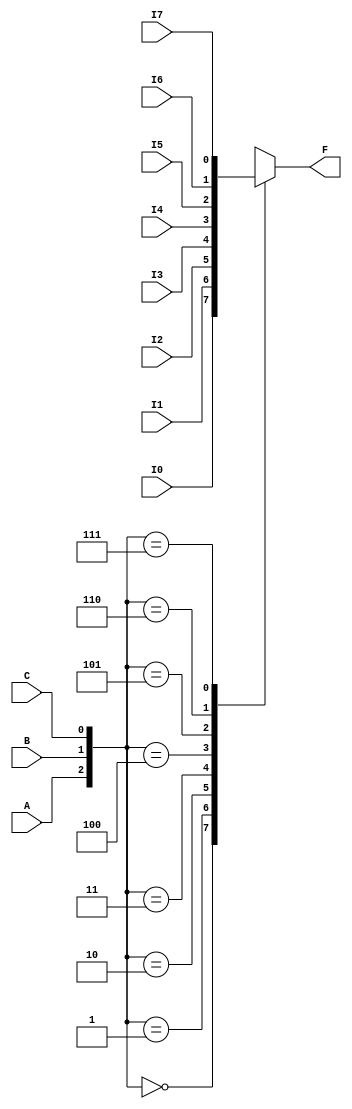
`timescale 1ns / 1ps
//////////////////////////////////////////////////////////////////////////////////
// Company: 
// Engineer: 
// 
// Design Name: 
// Module Name: mux
// Project Name: 
// Target Devices: 
// Tool Versions: 
// Description: 
// 
// Dependencies: 
// 
// Revision:
// Revision 0.01 - File Created
// Additional Comments:
// 
//////////////////////////////////////////////////////////////////////////////////


module mux(A,B,C,I0,I1,I2,I3,I4,I5,I6,I7,F);
input A,B,C,I0,I1,I2,I3,I4,I5,I6,I7;
output F;
reg F;
always@(A or B or C or I0 or I1 or I2 or I3 or I4 or I5 or I6 or I7)
case({A,B,C})
    3'b000: F=I0;
    3'b001: F=I1;
    3'b010: F=I2;
    3'b011: F=I3;
    3'b100: F=I4;
    3'b101: F=I5;
    3'b110: F=I6;
    3'b111: F=I7;
endcase
endmodule